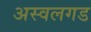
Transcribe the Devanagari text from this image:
अस्वलगड